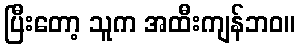
ပြီးတော့ သူက အထီးကျန်ဘဝ။